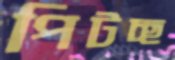
পিটচ্ছ